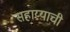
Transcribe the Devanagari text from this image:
सहाय्याची